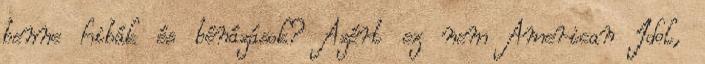
benne hibák és bénázások? Azért ez nem American Idol,